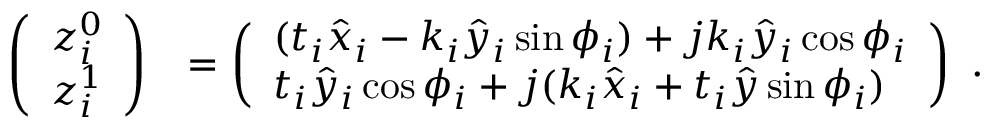
\begin{array} { r l } { \left( \begin{array} { l } { z _ { i } ^ { 0 } } \\ { z _ { i } ^ { 1 } } \end{array} \right) } & { = \left( \begin{array} { l } { ( t _ { i } \hat { x } _ { i } - k _ { i } \hat { y } _ { i } \sin \phi _ { i } ) + j k _ { i } \hat { y } _ { i } \cos \phi _ { i } } \\ { t _ { i } \hat { y } _ { i } \cos \phi _ { i } + j ( k _ { i } \hat { x } _ { i } + t _ { i } \hat { y } \sin \phi _ { i } ) } \end{array} \right) } \end{array} .